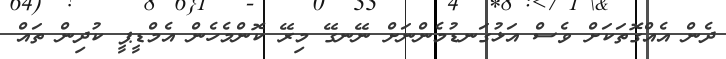
ދެން އެއްގޮތަކަށް ވެސް އަޅުގަނޑުމެންނަށް ނޭނގޭ މިރޭ ކޮންމެހެން އެމްޑީޕީ ކުދިން ތައް